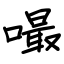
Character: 嘬